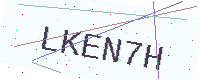
Text: LKEN7H